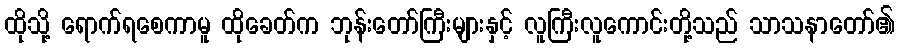
ထိုသို့ ရောက်ရစေကာမူ ထိုခေတ်က ဘုန်းတော်ကြီးများနှင့် လူကြီးလူကောင်းတို့သည် သာသနာတော်၏